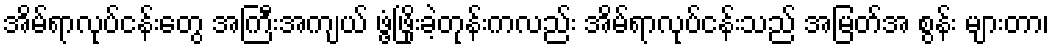
အိမ်ရာလုပ်ငန်းတွေ အကြီးအကျယ် ဖွံ့ဖြိုးခဲ့တုန်းကလည်း အိမ်ရာလုပ်ငန်းသည် အမြတ်အ စွန်း များတာ၊